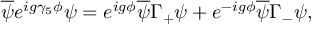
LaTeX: \overline { { { \psi } } } e ^ { i g \gamma _ { 5 } \phi } \psi = e ^ { i g \phi } \overline { { { \psi } } } \Gamma _ { + } \psi + e ^ { - i g \phi } \overline { { { \psi } } } \Gamma _ { - } \psi ,